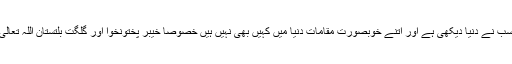
اسد عمر نے کہا کہ ہم سب نے دنیا دیکھی ہے اور اتنے خوبصورت مقامات دنیا میں کہیں بھی نہیں ہیں خصوصاً خیبر پختونخوا اور گلگت بلتستان اللہ تعالیٰ کی خصوصی دین ہیں۔